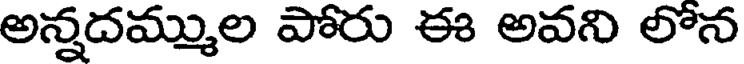
అన్నదమ్ముల పోరు ఈ అవని లోన